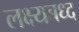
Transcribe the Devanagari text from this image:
लक्ष्यबध्द